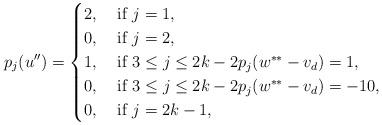
LaTeX: \begin{align*}p_j(u'')=\begin{cases}2, \; &\textnormal{if }j=1, \\ 0, \; &\textnormal{if } j=2, \\1, \; &\textnormal{if } 3 \leq j \leq 2k-2 p_j(w^{**}-v_d)=1, \\0, \; &\textnormal{if } 3 \leq j \leq 2k-2 p_j(w^{**}-v_d)=-10, \\0, \; &\textnormal{if } j=2k-1, \end{cases}\end{align*}